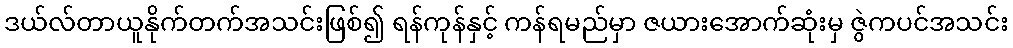
ဒယ်လ်တာယူနိုက်တက်အသင်းဖြစ်၍ ရန်ကုန်နှင့် ကန်ရမည်မှာ ဇယားအောက်ဆုံးမှ ဇွဲကပင်အသင်း